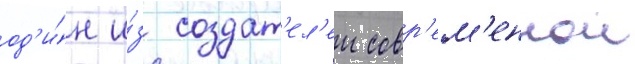
од'и́н и́з создат'ел'еи совр'ем'еннои